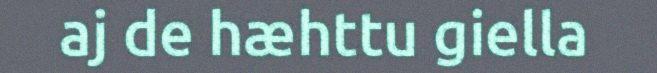
aj de hæhttu giella